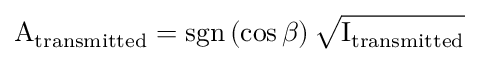
\mathrm { A } _ { \mathrm { t r a n s m i t t e d } } = \mathrm { s g n } \left( \cos { \beta } \right) \sqrt { \mathrm { I } _ { \mathrm { t r a n s m i t t e d } } }